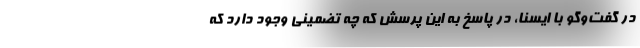
در گفت‌وگو با ایسنا، در پاسخ به این پرسش که چه تضمینی وجود دارد که